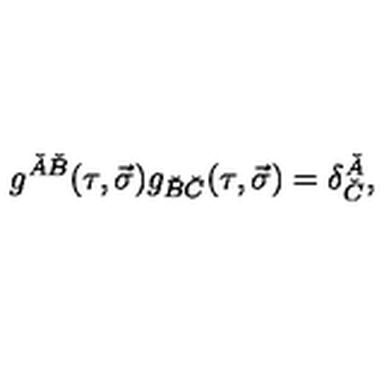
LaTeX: g ^ { \check { A } \check { B } } ( \tau , \vec { \sigma } ) g _ { \check { B } \check { C } } ( \tau , \vec { \sigma } ) = \delta _ { \check { C } } ^ { \check { A } } ,